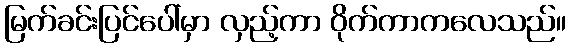
မြက်ခင်းပြင်ပေါ်မှာ လှည့်ကာ ဝိုက်ကာကလေသည်။